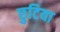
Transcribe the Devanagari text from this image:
छुटिया